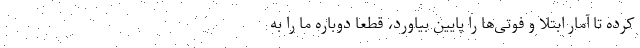
کرده تا آمار ابتلا و فوتی‌ها را پایین بیاورد، قطعا دوباره ما را به